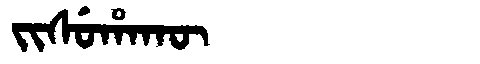
Manchu: ᠵᡳᠰᡠᡥᠠᡴᡡ
Romanization: JISUHAKŪ